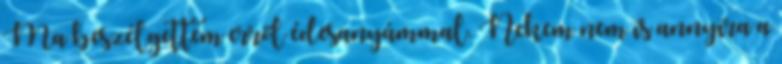
Ma beszélgettem erről édesanyámmal. Nekem nem is annyira a